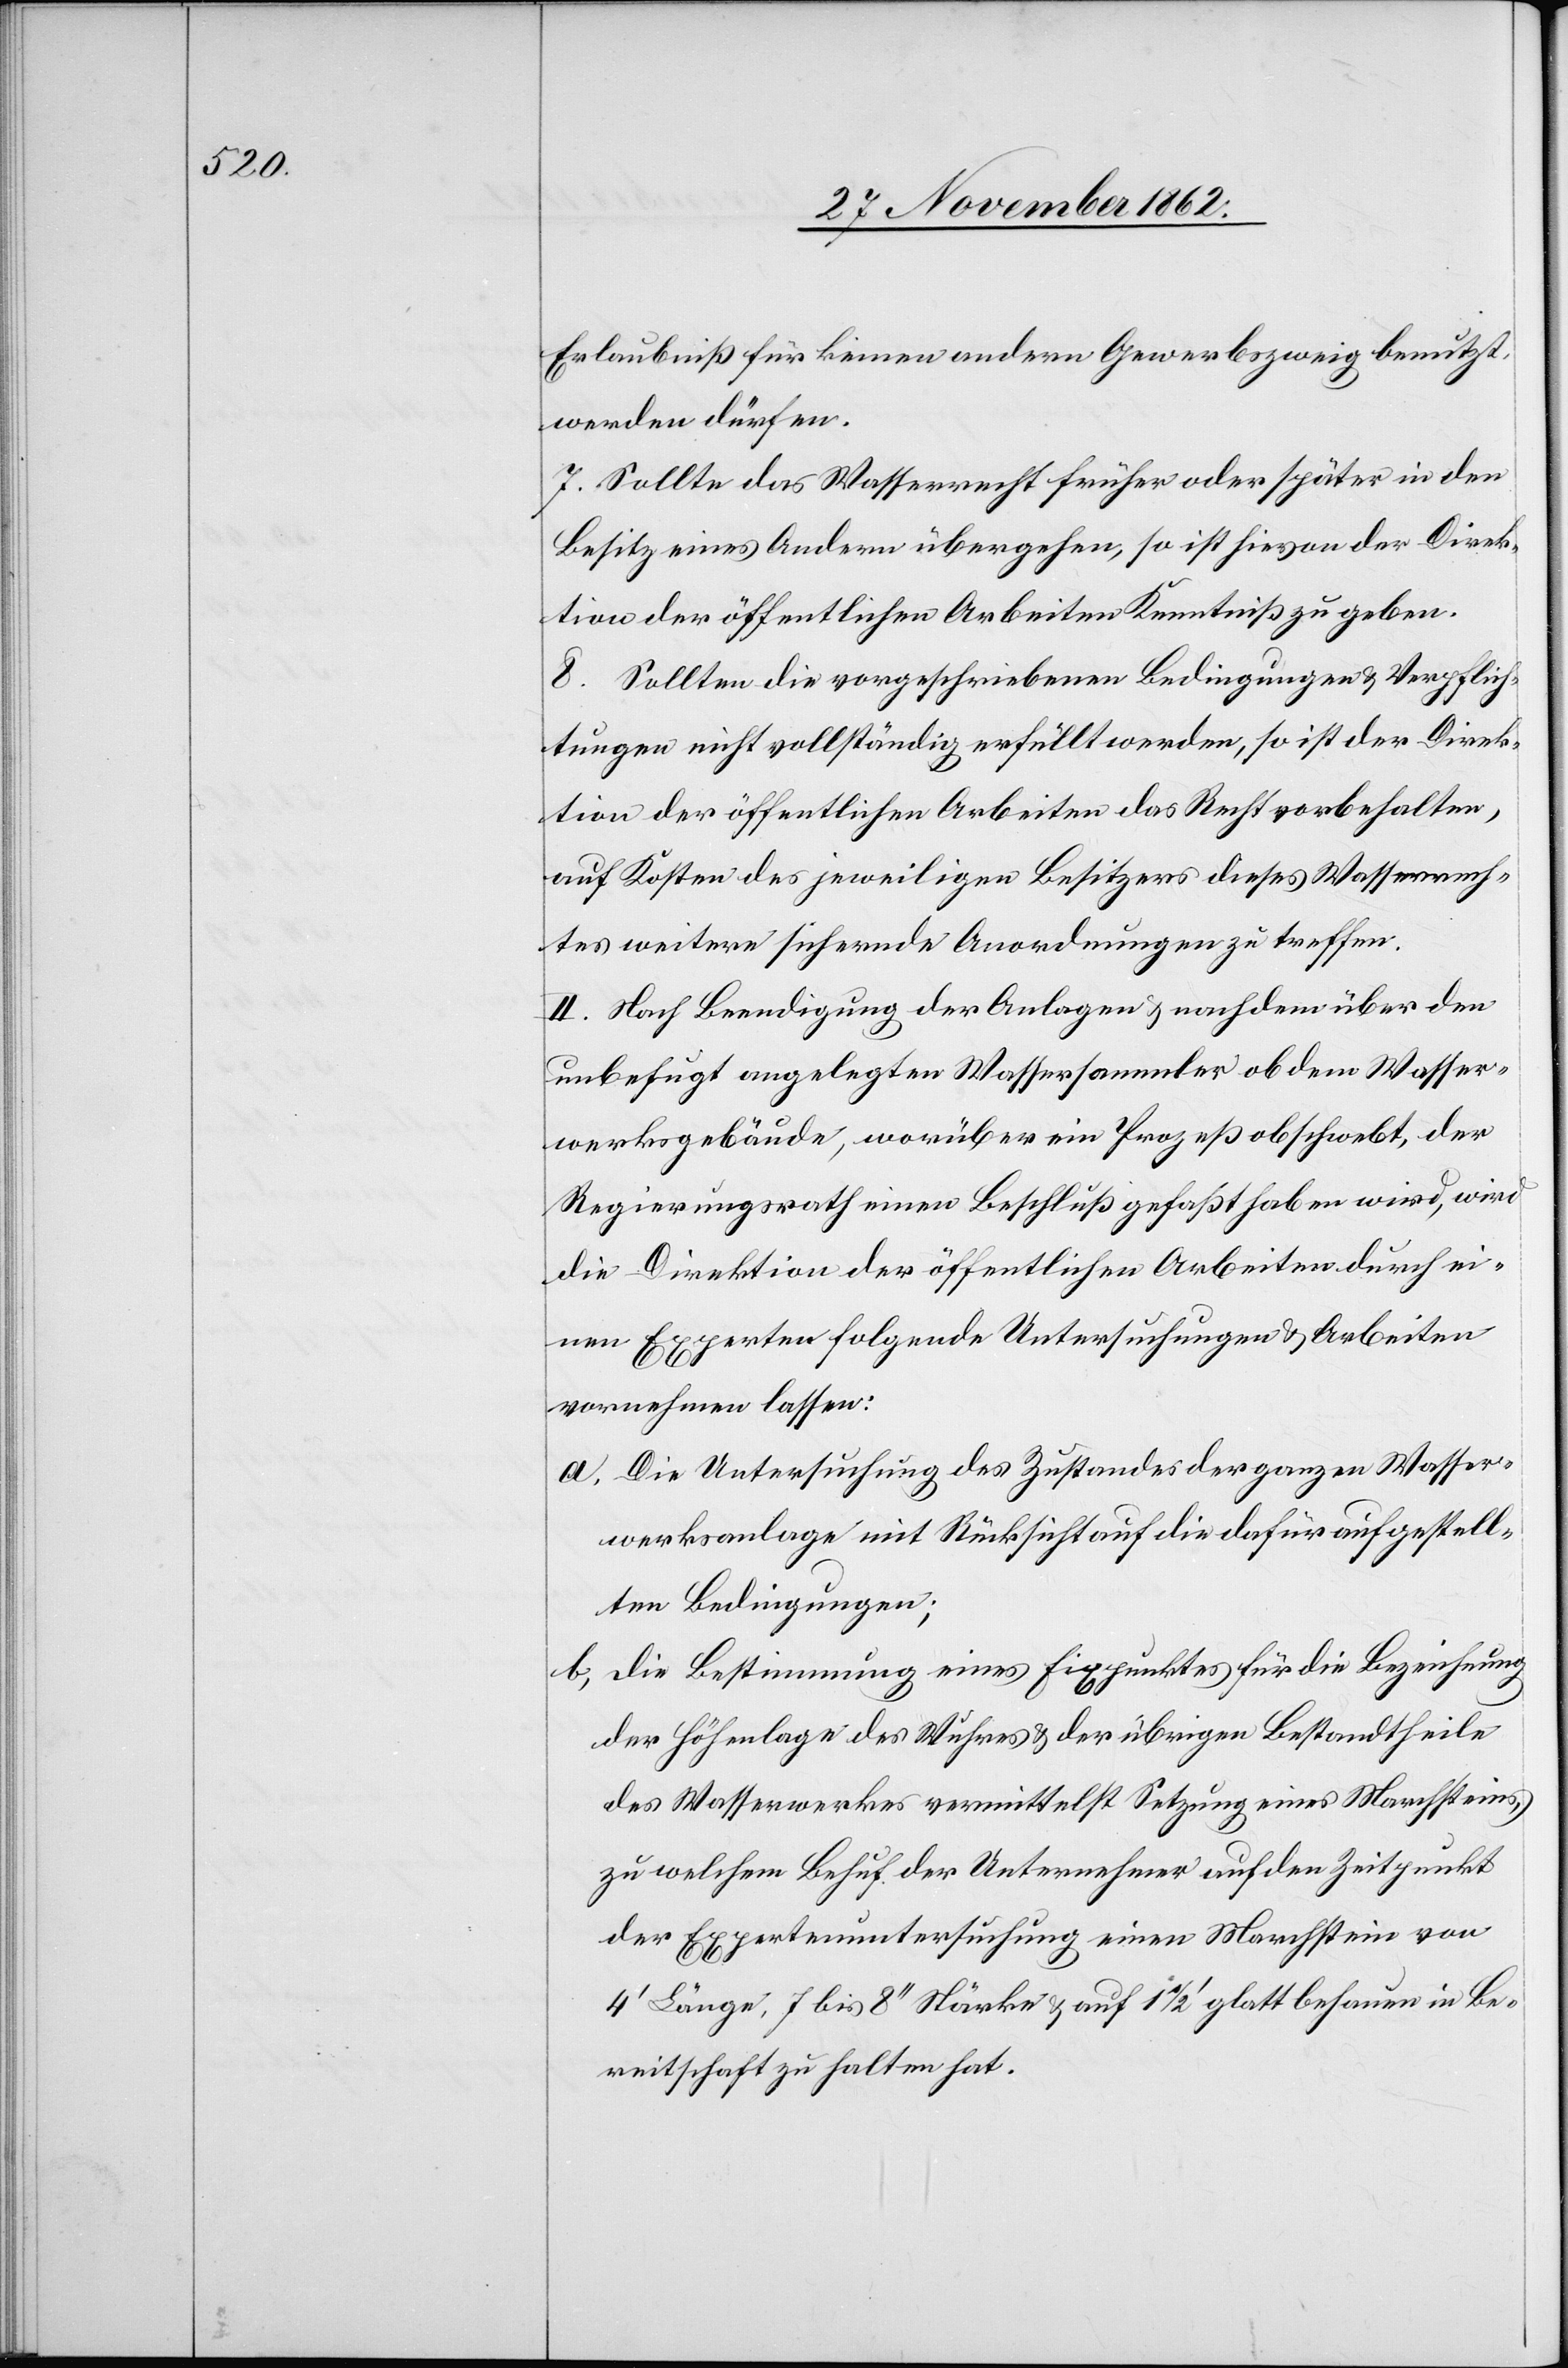
Erlaubniß für keinen andern Gewerbszweig benutzt
werden dürfen.
7. Sollte das Wasserecht früher oder später in den
Besitz eines Andern übernehmen, so ist hievon der Direk¬
tion der öffentlichen Arbeiten Kenntniß zu geben.
8. Sollten die vorgeschriebenen Bedingungen u. Verpflich¬
tungen nicht vollständig erfüllt werden, so ist der Direk¬
tion der öffentlichen Arbeiten das Recht vorbehalten,
auf Kosten des jeweiligen Besitzers dieses Wasserrech¬
tes weitere sichernde Anordnungen zu treffen.
II. Nach Beendigung der Anlagen u. nachdem über den
unbefugt angelegten Wassersammler ob dem Wasser¬
werksgebäude, worüber ein Prozeß obschwebt, der
Regierungsrath einen Beschluß gefaßt haben wird, wird
die Direktion der öffentlichen Arbeiten durch ei¬
nen Experten folgende Untersuchungen u. Arbeiten
vornehmen lassen:
a. Die Untersuchung des Zustandes der ganzen Wasser¬
werksanlage mit Rücksicht auf die dafür aufgestell¬
ten Bedingungen;
b. Die Bestimmung eines Fixpunktes für die Bezeichnung
der Höhenlage des Wuhres u. der übrigen Bestandtheile
des Wasserwerkes vermittelst Setzung eines Marchsteins,
zu welchem Behuf der Unternehmer auf den Zeitpunkt
der Expertenuntersuchung einen Marchstein von
4’ Länge, 7 bis 8’’ Stärke u. auf 1 1/2’ glatt behauen in Be¬
reitschaft zu halten hat.